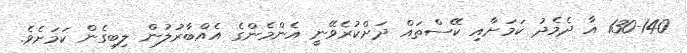
130-140 އާ ދެމެދު ކަމަށާއި ކޭސްތައް ދަށްކުރެވޭނީ އެންމެންގެ އެއްބާރުލުން ލިބިގެން ކަމަށެވެ.